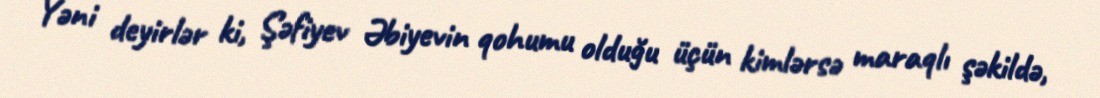
Yəni deyirlər ki, Şəfiyev Əbiyevin qohumu olduğu üçün kimlərsə maraqlı şəkildə,